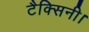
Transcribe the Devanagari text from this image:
टैक्सिनी।